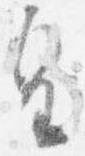
皇